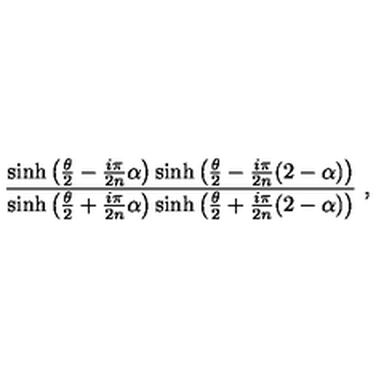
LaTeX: { \frac { \sinh \left( { \frac { \theta } { 2 } } - { \frac { i \pi } { 2 n } } \alpha \right) \sinh \left( { \frac { \theta } { 2 } } - { \frac { i \pi } { 2 n } } ( 2 - \alpha ) \right) } { \sinh \left( { \frac { \theta } { 2 } } + { \frac { i \pi } { 2 n } } \alpha \right) \sinh \left( { \frac { \theta } { 2 } } + { \frac { i \pi } { 2 n } } ( 2 - \alpha ) \right) } } \ ,